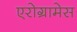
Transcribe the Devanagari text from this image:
एरोग्रामेस